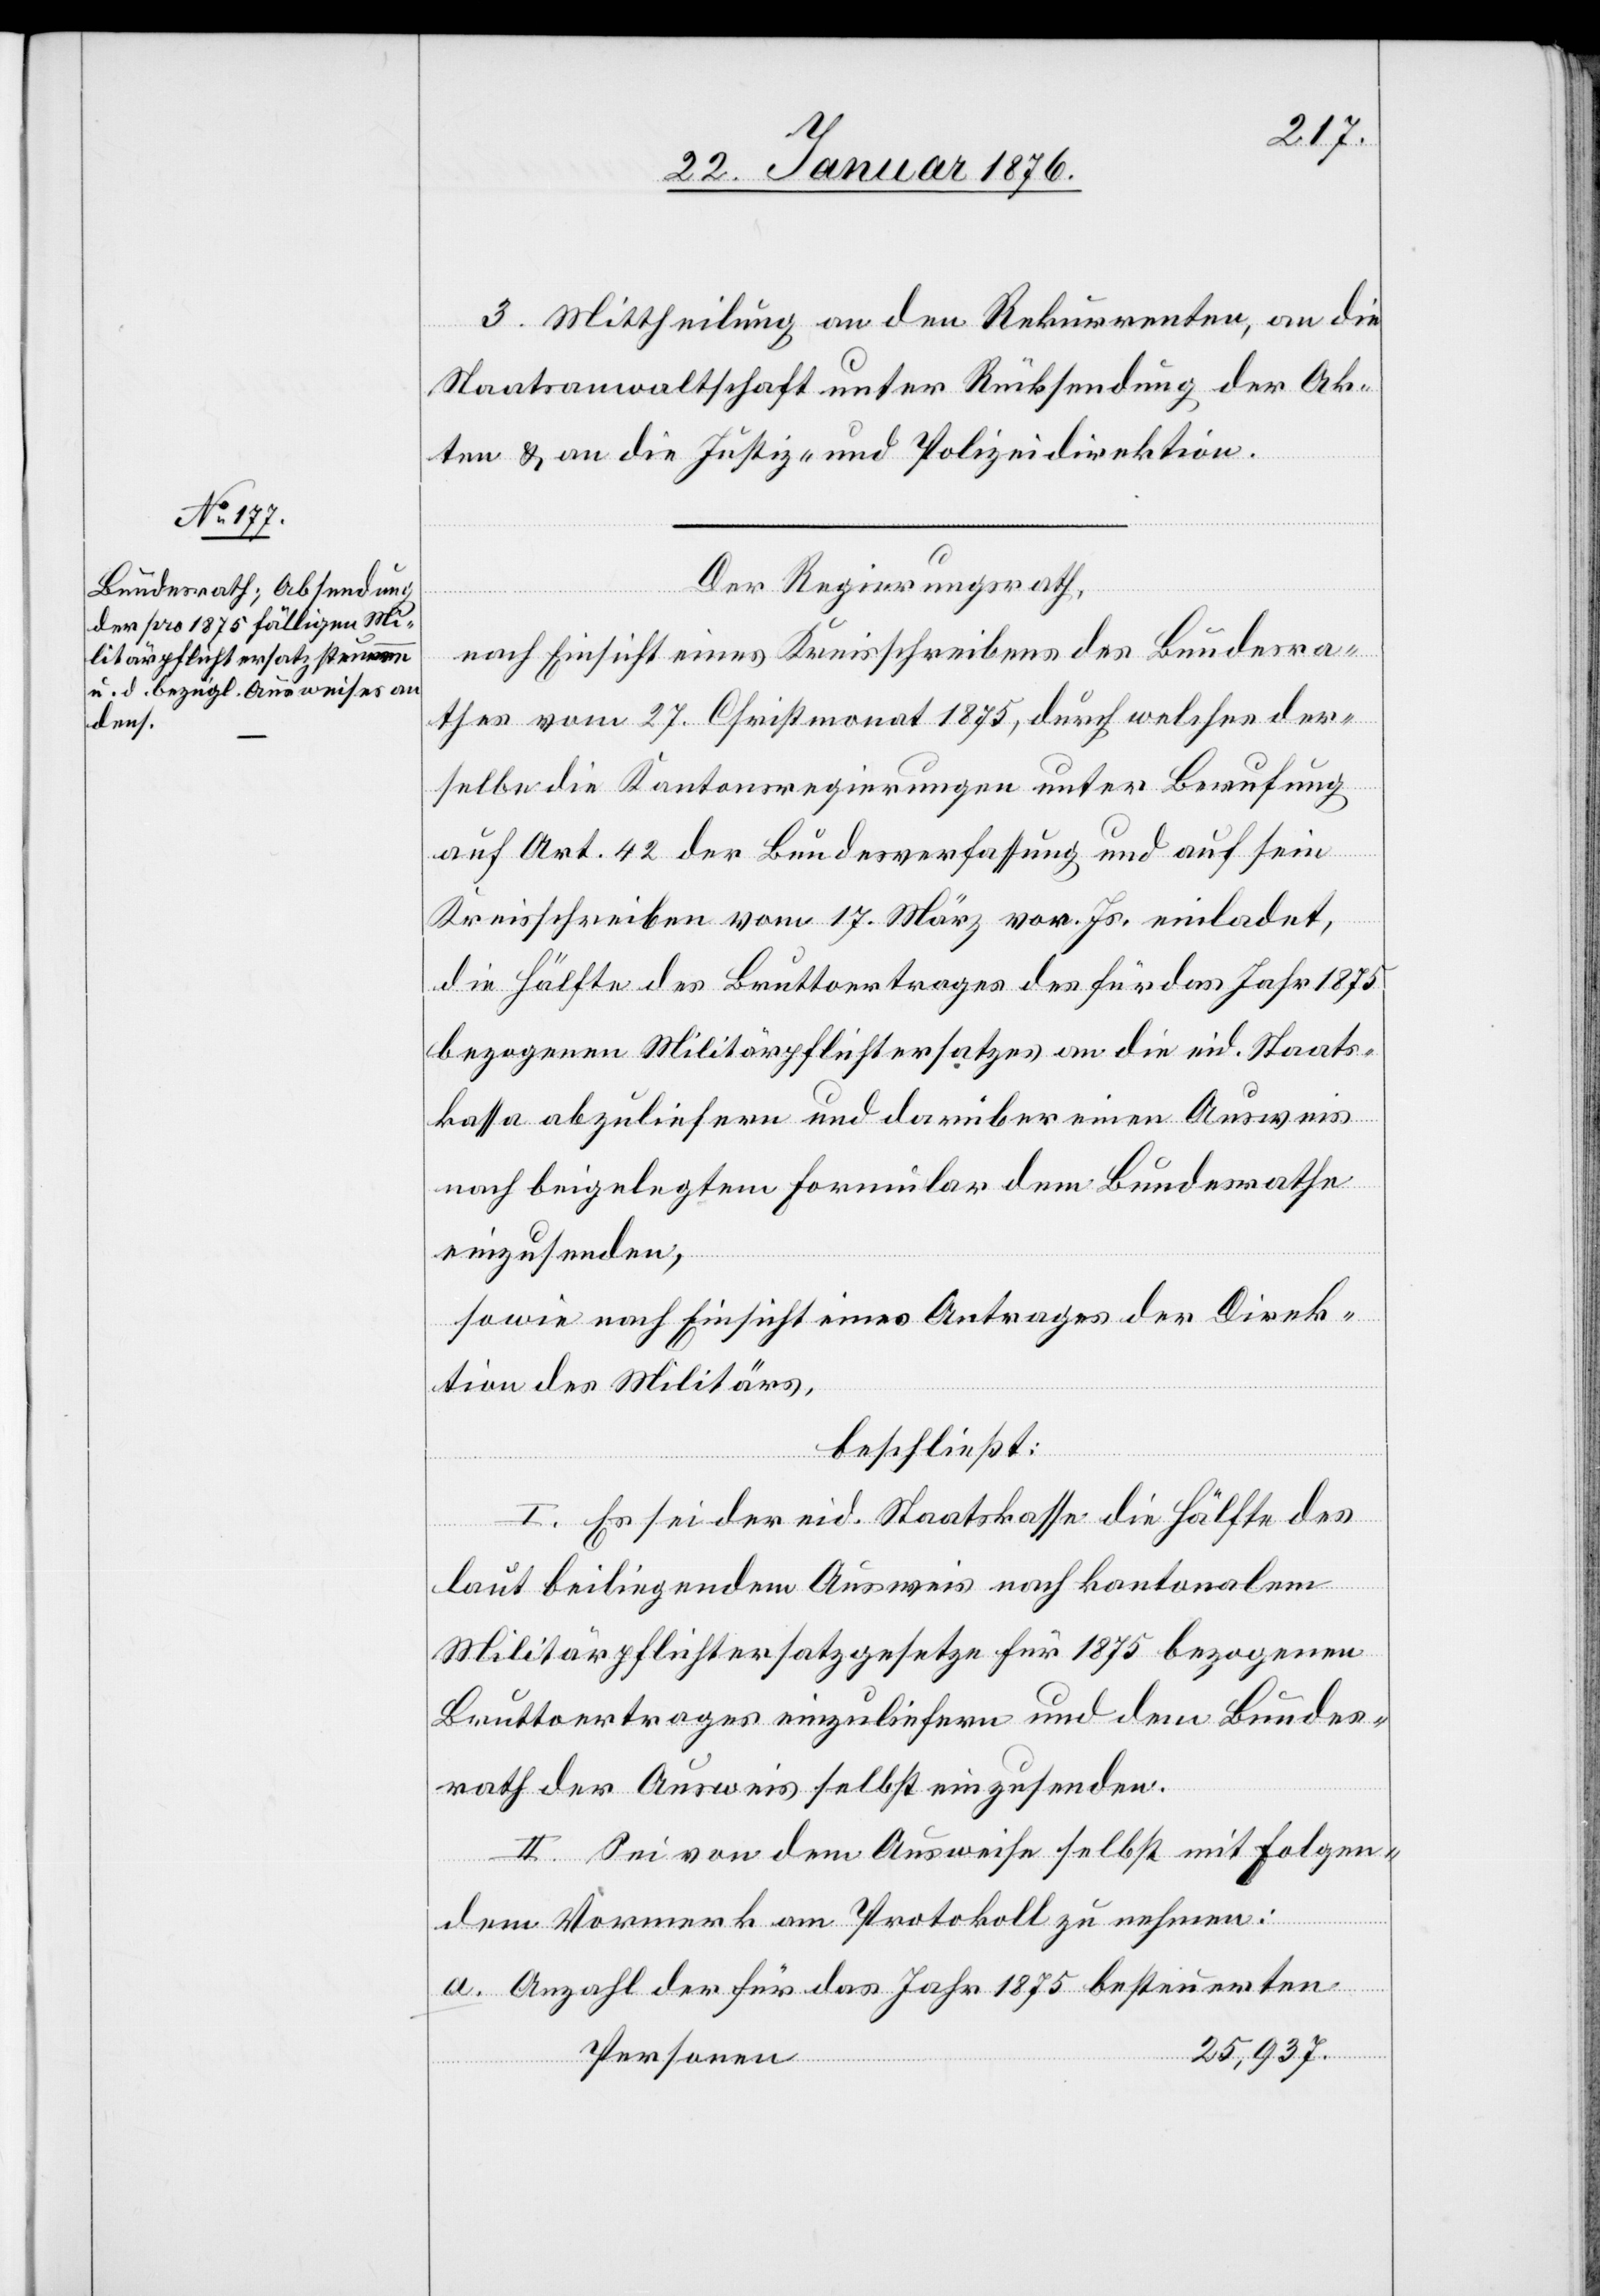
3. Mittheilung an den Rekurrenten, an die
Staatsanwaltschaft unter Rücksendung der Ak¬
ten u. an die Justiz- und Polizeidirektion.
Der Regierungsrath,
nach Einsicht eines Kreisschreibens des Bundesra¬
thes vom 27. Christmonat 1875, durch welches der¬
selbe die Kantonsregierung unter Berufung
auf Art. 42 der Bundesverfassung und auf sein
Kreisscheiben vom 17. März vor. Js. einladet,
die Hälfte des Bruttoertrages des für das Jahr 1875
bezogenen Militärpflichtersatzes an die eid. Staats¬
kasse abzuliefern und darüber einen Ausweis
nach beigelegtem Formular dem Bundesrathe
einzusenden,
sowie nach Einsicht eines Antrages der Direk¬
tion des Militärs,
beschließt:
I. Es sei der eid. Staatskasse die Hälfte des
laut beiliegendem Ausweis nach kantonalem
Militärpflichtersatzgesetze für 1875 bezogenen
Bruttoertrages einzuliefern und dem Bundes¬
rathes der Ausweis selbst einzusenden.
II. Sei von dem Ausweise selbst mit folgen¬
dem Vormerk am Protokoll zu nehmen:
Anzahl der für das Jahr 1875 zu besteuerten
25,937
Personen